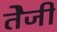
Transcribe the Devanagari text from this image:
तेेजी